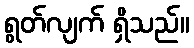
ရွတ်လျက် ရှိသည်။